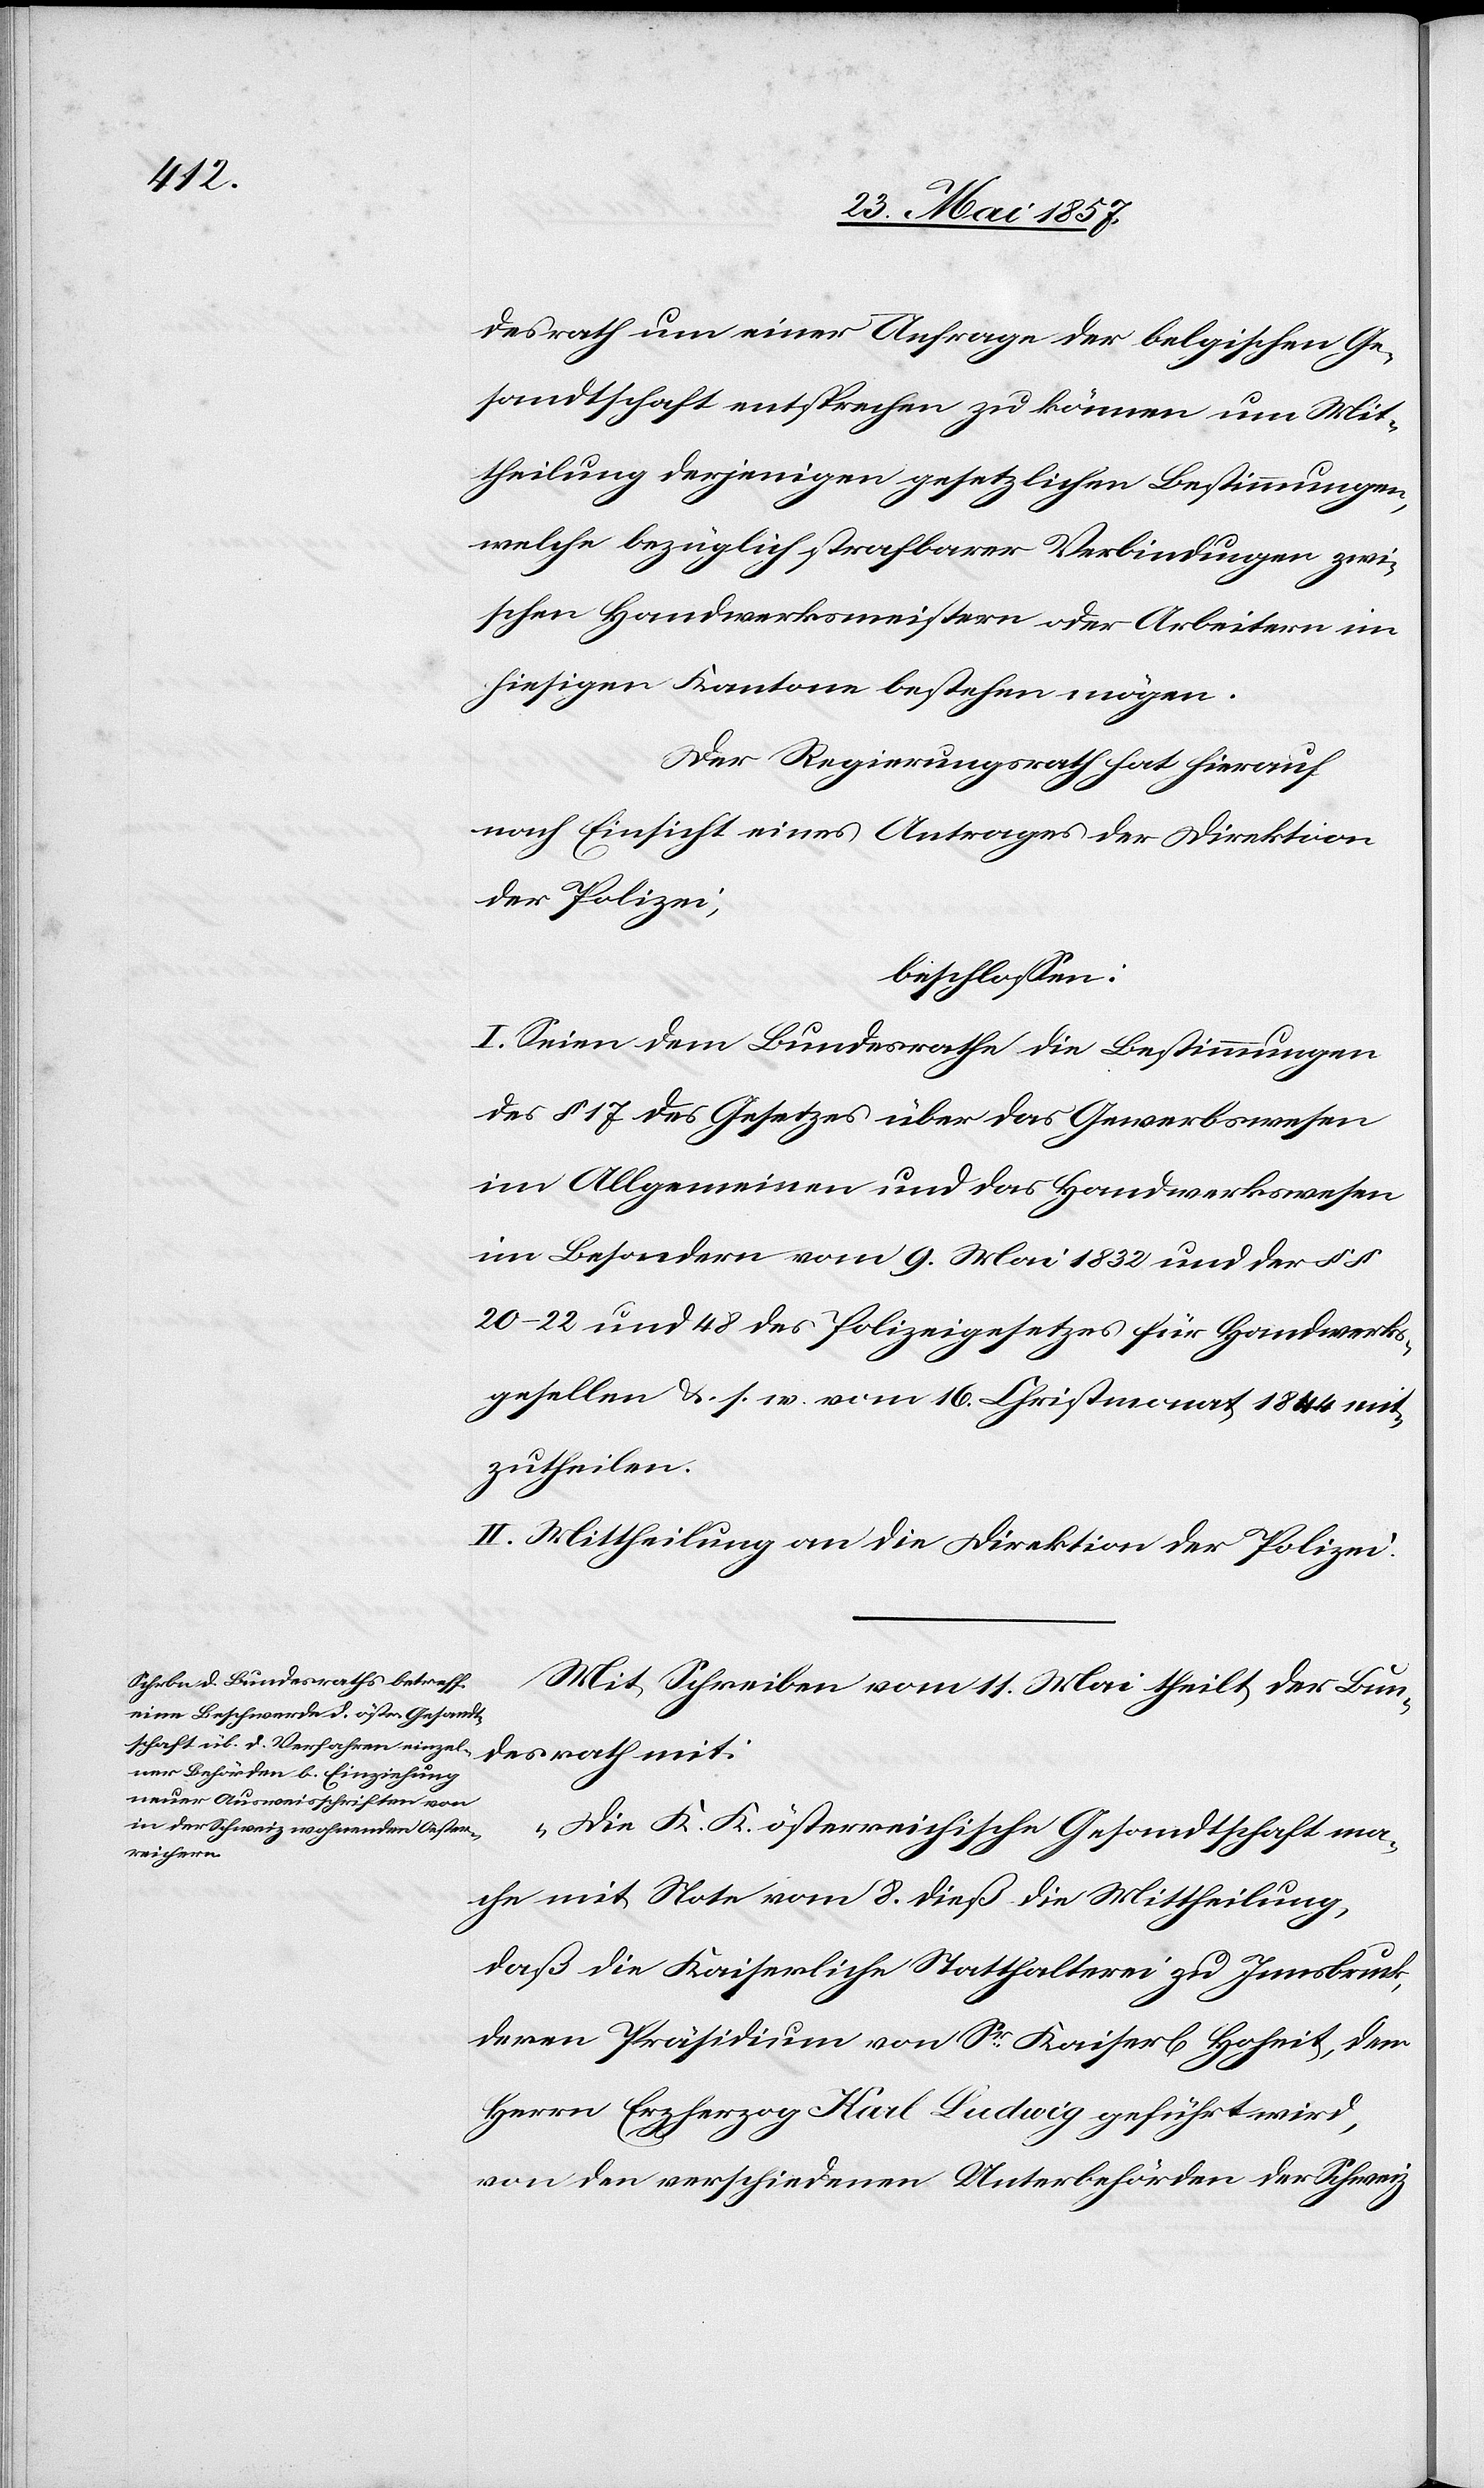
desrath um einer Anfrage der belgischen Ge¬
sandtschaft entsprechen zu können um Mit¬
theilung derjenigen gesetzlichen Bestimmungen,
welche bezüglich strafbarer Verbindungen zwi¬
schen Handwerksmeistern oder Arbeitern im
hiesigen Kanton bestehen mögen.
Der Regierungsrath hat hierauf
nach Einsicht eines Antrages der Direktion
der Polizei,
beschlossen:
I. Seien dem Bundesrathe die Bestimmungen
des § 17 des Gesetzes über das Gewerbswesen
im Allgemeinen und das Handwerkswesen
im Besondern vom 9 Mai 1832 und der §§
20–22 und 48 des Polizeigesetzes für Handwerks¬
gesellen &. s. w. vom 16 Christmonat 1844 mit¬
zutheilen.
II. Mittheilung an die Direktion der Polizei.
Mit Schreiben vom 11 Mai theilt der Bun¬
desrath mit:
„Die K. K. österreichische Gesandtschaft ma¬
che mit Note vom 8 dieß die Mittheilung,
daß die Kaiserliche Statthalterin zu Innsbruck,
deren Präsidium von Sr. Kaiserl[ichen] Hoheit, dem
Herrn Erzherzog Karl Ludwig geführt wird,
von den verschiedenen Unterbehörden der Schweiz